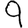
Digit: 9